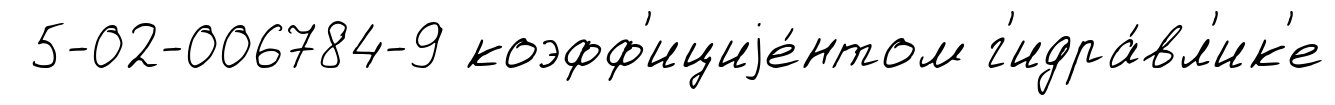
5-02-006784-9 коэфф'ициjе́нтом г'идра́вл'ик'е